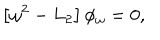
\left[ \omega ^ { 2 } - L _ { 2 } \right] \phi _ { \omega } = 0 ,